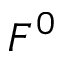
F ^ { 0 }